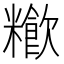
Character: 𥽁